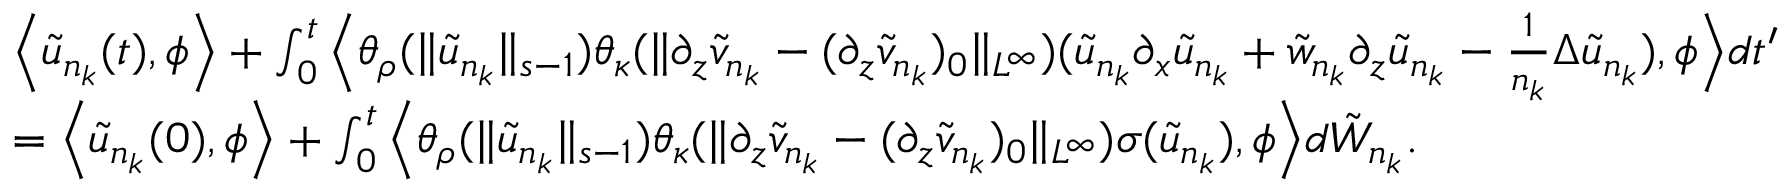
\begin{array} { r l } & { \Big \langle \tilde { u } _ { n _ { k } } ( t ) , \phi \Big \rangle + \int _ { 0 } ^ { t } \Big \langle \theta _ { \rho } ( \| \tilde { u } _ { n _ { k } } \| _ { s - 1 } ) \theta _ { \kappa } ( \| \partial _ { z } \tilde { v } _ { n _ { k } } - ( \partial _ { z } \tilde { v } _ { n _ { k } } ) _ { 0 } \| _ { L ^ { \infty } } ) ( \tilde { u } _ { n _ { k } } \partial _ { x } \tilde { u } _ { n _ { k } } + \tilde { w } _ { n _ { k } } \partial _ { z } \tilde { u } _ { n _ { k } } - \frac 1 { n _ { k } } \Delta \tilde { u } _ { n _ { k } } ) , \phi \Big \rangle d t ^ { \prime } } \\ & { = \Big \langle \tilde { u } _ { n _ { k } } ( 0 ) , \phi \Big \rangle + \int _ { 0 } ^ { t } \Big \langle \theta _ { \rho } ( \| \tilde { u } _ { n _ { k } } \| _ { s - 1 } ) \theta _ { \kappa } ( \| \partial _ { z } \tilde { v } _ { n _ { k } } - ( \partial _ { z } \tilde { v } _ { n _ { k } } ) _ { 0 } \| _ { L ^ { \infty } } ) \sigma ( \tilde { u } _ { n _ { k } } ) , \phi \Big \rangle d \tilde { W } _ { n _ { k } } . } \end{array}